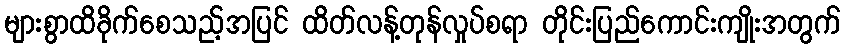
များစွာထိခိုက်စေသည့်အပြင် ထိတ်လန့်တုန်လှုပ်စရာ တိုင်းပြည်ကောင်းကျိုးအတွက်